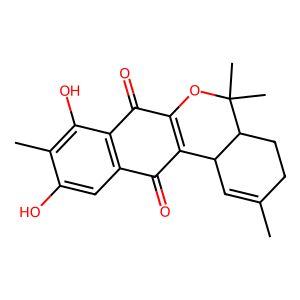
SMILES: CC1=CC2C3=C(OC(C)(C)C2CC1)C(=O)c1c(cc(O)c(C)c1O)C3=O
Inhibits HIV replication: No